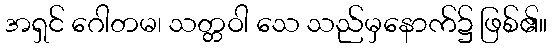
အရှင် ဂေါတမ၊ သတ္တဝါ သေ သည်မှနောက်၌ ဖြစ်၏။